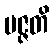
ပဇ္ဇတိ